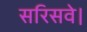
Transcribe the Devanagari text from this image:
सरिसवे।